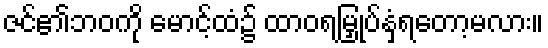
ဇင်၏ဘဝကို မောင့်ထံ၌ ထာဝရမြှုပ်နှံရတော့မလား။